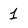
Character: 1